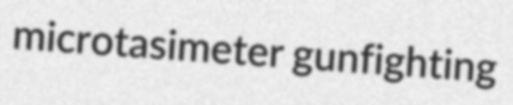
microtasimeter gunfighting